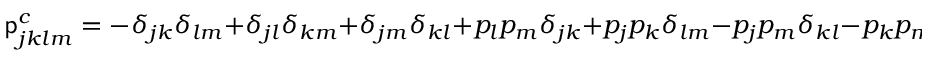
\mathsf { p } _ { j k l m } ^ { c } = - \delta _ { j k } \delta _ { l m } + \delta _ { j l } \delta _ { k m } + \delta _ { j m } \delta _ { k l } + p _ { l } p _ { m } \delta _ { j k } + p _ { j } p _ { k } \delta _ { l m } - p _ { j } p _ { m } \delta _ { k l } - p _ { k } p _ { m } \delta _ { j l } - p _ { j } p _ { l } \delta _ { k m } - p _ { k } p _ { l } \delta _ { j m } + p _ { j } p _ { k } p _ { l } p _ { m } .